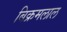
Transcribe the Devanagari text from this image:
बिक्रमलाल